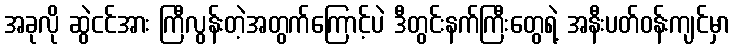
အခုလို ဆွဲငင်အား ကြီလွန်းတဲ့အတွက်ကြောင့်ပဲ ဒီတွင်းနက်ကြီးတွေရဲ့ အနီးပတ်ဝန်းကျင်မှာ